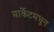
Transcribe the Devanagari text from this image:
मार्केटमधून